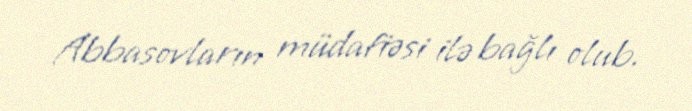
Abbasovların müdafiəsi ilə bağlı olub.